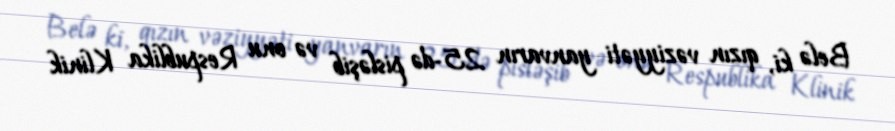
Belə ki, qızın vəziyyəti yanvarın 25-də pisləşib və onu Respublika Klinik